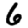
Digit: 6